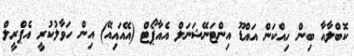
ކޮބްލާއާ ބިން ހިއްކަން އައްޑޫ އިންޓަނޭޝަނަލް އެއާޕޯޓް (އޭއައިއޭ) އިން ހަވާލުކުރީ އެޕްރީލް